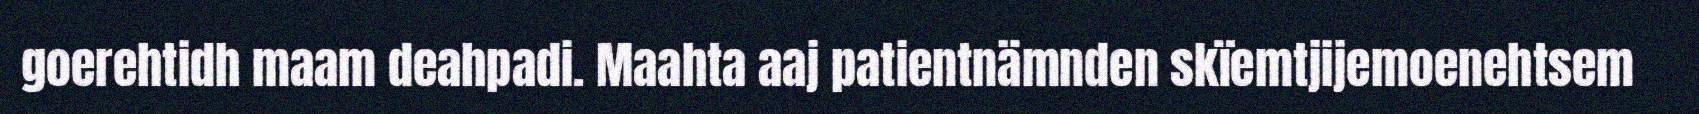
goerehtidh maam deahpadi. Maahta aaj patientnämnden skïemtjijemoenehtsem